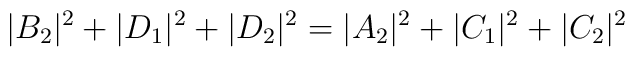
|B_2|^2 + |D_1|^2 + |D_2|^2 = |A_2|^2 + |C_1|^2 + |C_2|^2